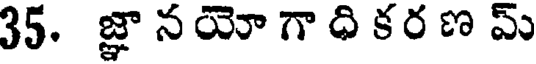
35. జ్ఞా న యో గా ధి కర ణ మ్